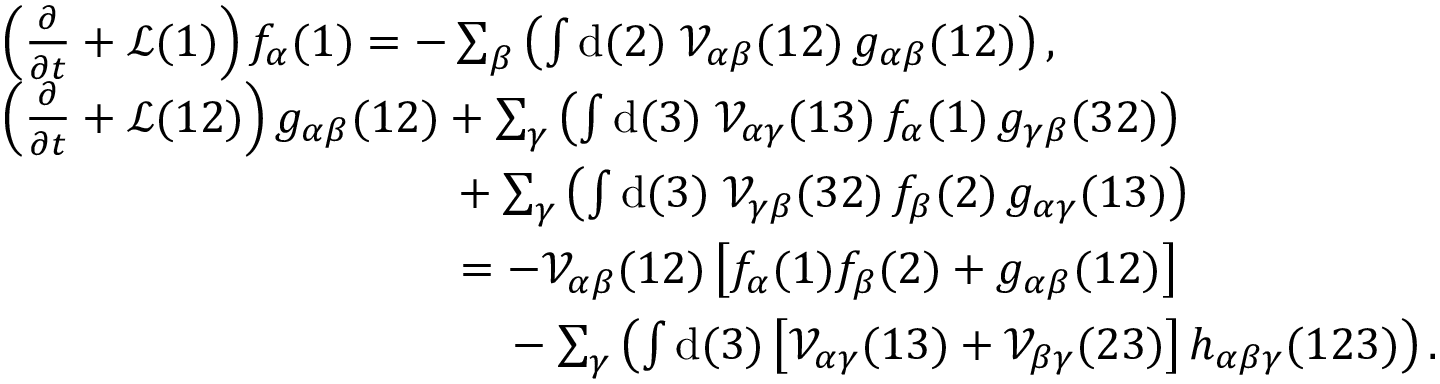
\begin{array} { r l } & { \left( \frac { \partial } { \partial t } + \mathcal { L } ( 1 ) \right) f _ { \alpha } ( 1 ) = - \sum _ { \beta } \left( \int \mathrm { d } ( 2 ) \; \mathcal { V } _ { \alpha \beta } ( 1 2 ) \, g _ { \alpha \beta } ( 1 2 ) \right) , } \\ & { \left( \frac { \partial } { \partial t } + \mathcal { L } ( 1 2 ) \right) g _ { \alpha \beta } ( 1 2 ) + \sum _ { \gamma } \left( \int \mathrm { d } ( 3 ) \; \mathcal { V } _ { \alpha \gamma } ( 1 3 ) \, f _ { \alpha } ( 1 ) \, g _ { \gamma \beta } ( 3 2 ) \right) } \\ & { \phantom { \left( \frac { \partial } { \partial t } + \mathcal { L } ( 1 2 ) \right) g _ { \alpha \beta } ( 1 2 ) \, } + \sum _ { \gamma } \left( \int \mathrm { d } ( 3 ) \; \mathcal { V } _ { \gamma \beta } ( 3 2 ) \, f _ { \beta } ( 2 ) \, g _ { \alpha \gamma } ( 1 3 ) \right) } \\ & { \phantom { \left( \frac { \partial } { \partial t } + \mathcal { L } ( 1 2 ) \right) g _ { \alpha \beta } ( 1 2 ) \, } = - \mathcal { V } _ { \alpha \beta } ( 1 2 ) \, \bigl [ f _ { \alpha } ( 1 ) f _ { \beta } ( 2 ) + g _ { \alpha \beta } ( 1 2 ) \bigr ] } \\ & { \phantom { \left( \frac { \partial } { \partial t } + \mathcal { L } ( 1 2 ) \right) g _ { \alpha \beta } ( 1 2 ) \, = \, } - \sum _ { \gamma } \left( \int \mathrm { d } ( 3 ) \, \bigl [ \mathcal { V } _ { \alpha \gamma } ( 1 3 ) + \mathcal { V } _ { \beta \gamma } ( 2 3 ) \bigr ] \, h _ { \alpha \beta \gamma } ( 1 2 3 ) \right) . } \end{array}